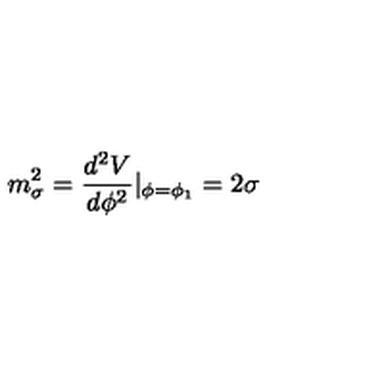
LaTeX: m _ { \sigma } ^ { 2 } = \frac { d ^ { 2 } V } { d \phi ^ { 2 } } | _ { \phi = \phi _ { 1 } } = 2 \sigma